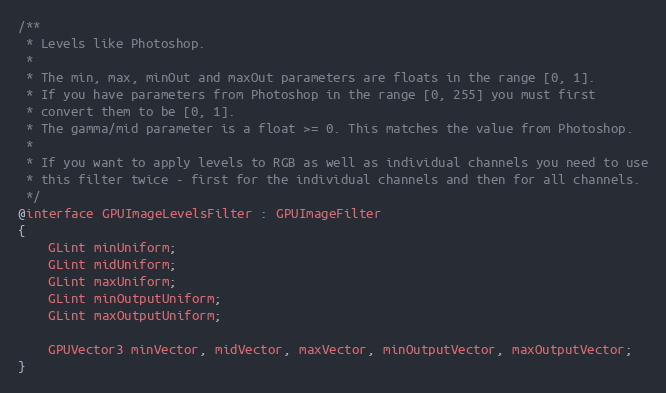
Language: C
/**
 * Levels like Photoshop.
 *
 * The min, max, minOut and maxOut parameters are floats in the range [0, 1].
 * If you have parameters from Photoshop in the range [0, 255] you must first
 * convert them to be [0, 1].
 * The gamma/mid parameter is a float >= 0. This matches the value from Photoshop.
 *
 * If you want to apply levels to RGB as well as individual channels you need to use
 * this filter twice - first for the individual channels and then for all channels.
 */
@interface GPUImageLevelsFilter : GPUImageFilter
{
    GLint minUniform;
    GLint midUniform;
    GLint maxUniform;
    GLint minOutputUniform;
    GLint maxOutputUniform;

    GPUVector3 minVector, midVector, maxVector, minOutputVector, maxOutputVector;
}